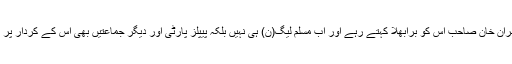
چند ماہ قبل تک عمران خان صاحب اس کو برابھلا کہتے رہے اور اب مسلم لیگ(ن) ہی نہیں بلکہ پیپلز پارٹی اور دیگر جماعتیں بھی اس کے کردار پر انگلیاں اٹھارہی ہیں۔